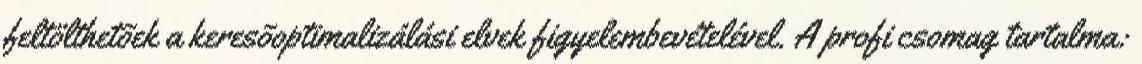
feltölthetõek a keresõoptimalizálási elvek figyelembevételével. A profi csomag tartalma: